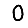
Digit: 0